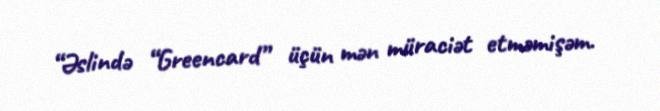
“Əslində “Greencard” üçün mən müraciət etməmişəm.